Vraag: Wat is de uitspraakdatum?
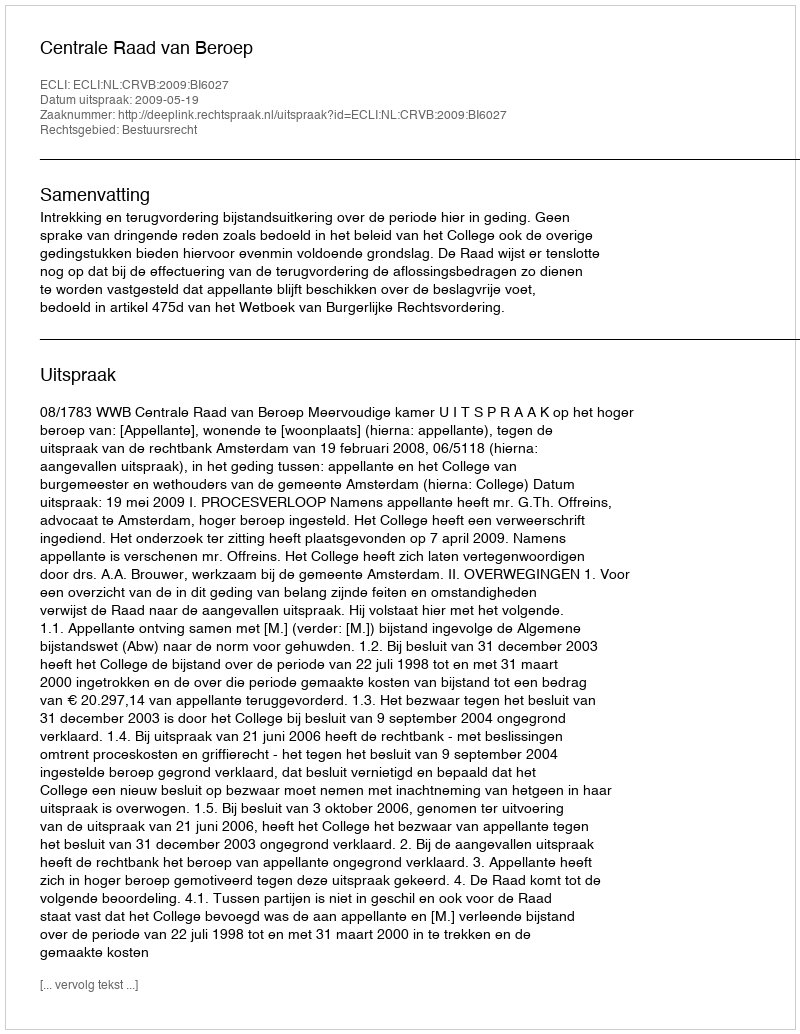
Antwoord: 2009-05-19